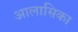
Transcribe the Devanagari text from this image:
आलासिका